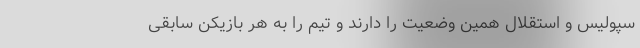
سپولیس و استقلال همین وضعیت را دارند و تیم را به هر بازیکن سابقی